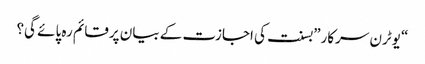
“یوٹرن سرکار”بسنت کی اجازت کے بیان پرقائم رہ پائے گی؟